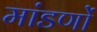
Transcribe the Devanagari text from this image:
मांडणों